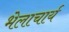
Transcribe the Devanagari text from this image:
भेलाचार्य